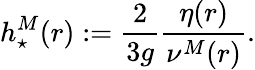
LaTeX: h_{\star}^{M}(r):=\displaystyle\frac{2}{3g}\frac{\eta(r)}{\nu^{M}(r)}.